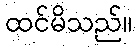
ထင်မိသည်။